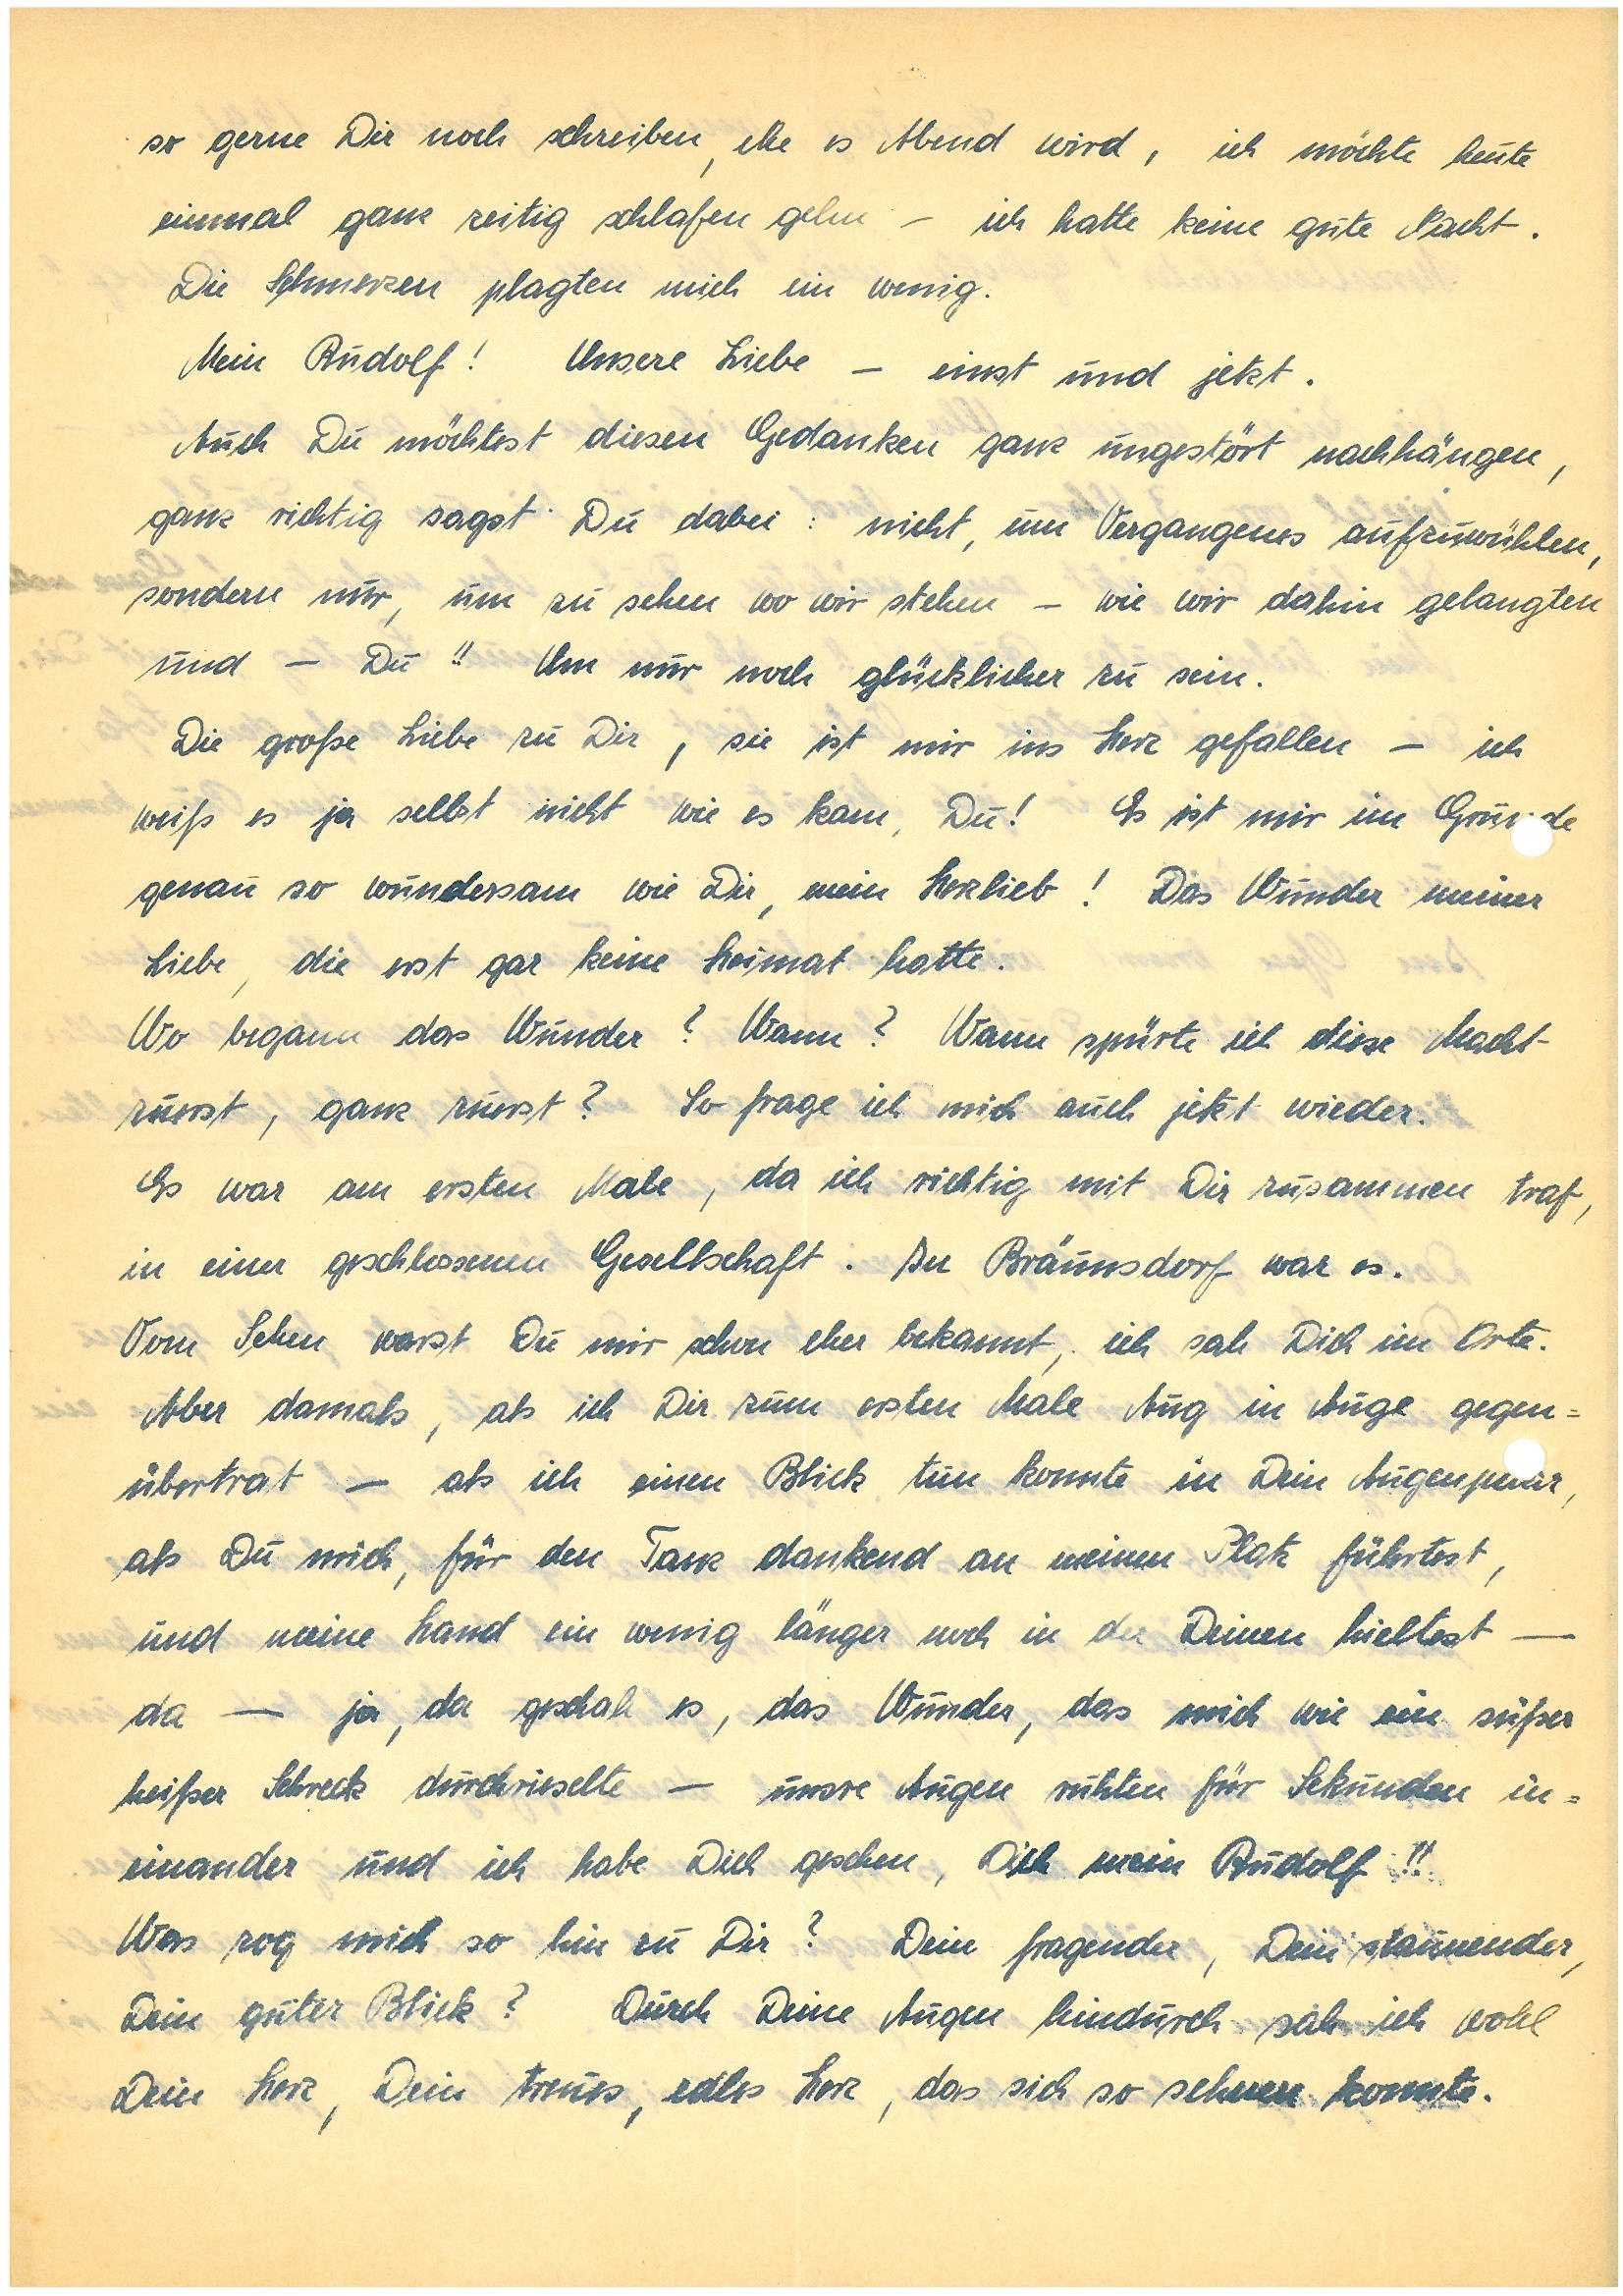
so gern Dir noch schreiben, ehe es Abend wird, ich möchte heute
einmal ganz zeitig schlafen gehen – ich hatte keine gute Nacht.
Die Schmerzen plagten mich ein wenig.
Mein! Unsere Liebe – einst und jetzt.
Auch Du möchtest diesen Gedanken ganz ungestört nachhängen,
ganz richtig sagst Du dabei: nicht, um Vergangenes aufzuwühlen,
sondern nur, um zu sehen wo wir stehen – wie wir dahin gelangten
und – Du!! Um nur noch glücklicher zu sein.
Die große Liebe zu Dir, sie ist mir ins Herz gefallen – ich
weiß es ja selbst nicht wie es kam, Du! Es ist mir im Grunde
genau so wundersam wie Dir, mein Herzlieb! Das Wunder meiner
Liebe, die erst gar keine Heimat hatte.
Wo begann das Wunder? Wann? Wann spürte ich diese Macht
zuerst, ganz zuerst? So frage ich mich auch jetzt wieder.
So war es am ersten Male, da ich richtig mit Dir zusammen traf,
in einer geschlossenen Gesellschaft. In war es.
Vom Sehen warst Du mir schon eher bekannt, ich sah Dich im Orte.
Aber damals, als ich Dir zum ersten Male Aug in Auge gegen¬
über trat – als ich einen Blick tun konnte in Dein Augenpaar,
als Du mich, für den Tanz dankend an meinen Platz führtest,
und meine Hand ein wenig länger noch in der Deinen hieltest –
da – ja, da geschah es, das Wunder, das mich wie ein süßer
heißer Schreck durchrieselte – unsere Augen ruhten für Sekunden in¬
einander und ich habe Dich gesehen, Dich mein!!
Was zog mich so hin zu Dir? Dein fragender, Dein staunender,
Dein guter Blick? Durch Deine Augen hindurch sah ich wohl
Dein Herz, Dein treues, edles Herz, das sich so sehnen konnte.